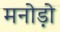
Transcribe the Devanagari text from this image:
मनोड़ो